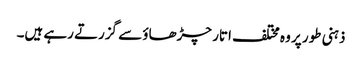
ذہنی طور پر وہ مختلف اتار چڑھاؤ سے گزرتے رہے ہیں۔